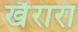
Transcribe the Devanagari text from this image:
खैरारा